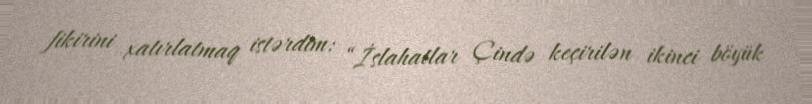
fikirini xatırlatmaq istərdim: “İslahatlar Çində keçirilən ikinci böyük